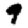
Digit: 9